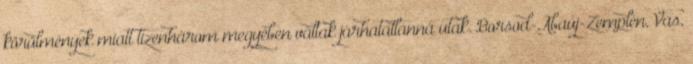
körülmények miatt tizenhárom megyében váltak járhatatlanná utak. Borsod-Abaúj-Zemplén, Vas,